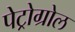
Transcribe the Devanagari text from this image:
पेट्रोग्रोल